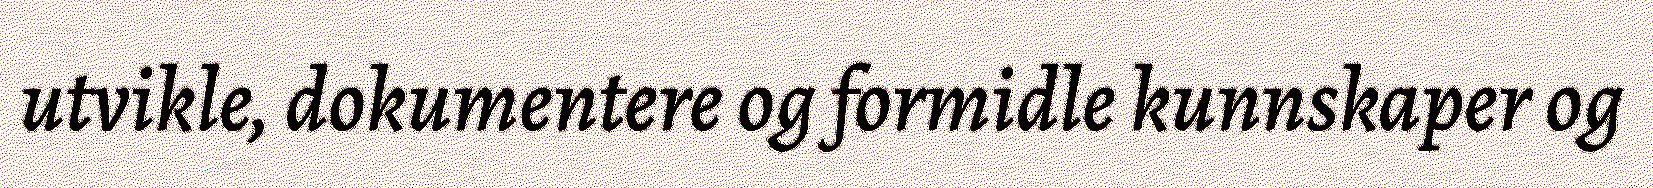
utvikle, dokumentere og formidle kunnskaper og